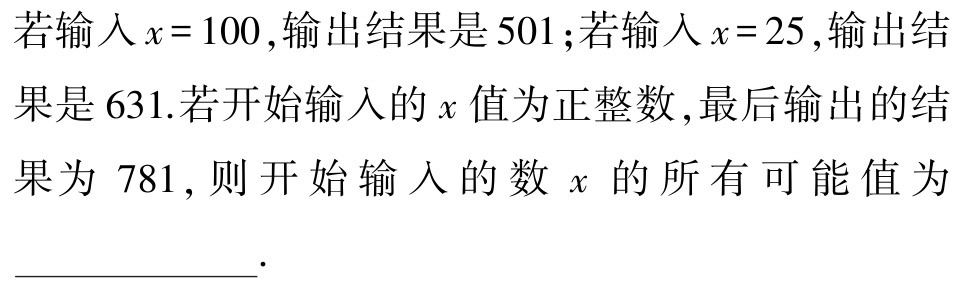
若输入\(x = 100\),输出结果是\(501\);若输入\(x = 25\),输出结果是\(631\).若开始输入的\(x\)值为正整数,最后输出的结果为 \(781\),则开始输入的数 \(x\) 的所有可能值为_____________.